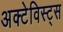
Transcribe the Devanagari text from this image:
अक्टेविस्ट्स